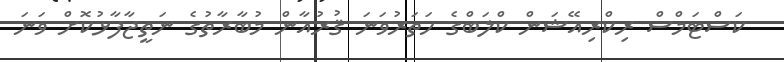
ކަސްޓަމްސް ރިކްރިއޭޝަން ކްލަބްގެ ހަތަރުވަނަ ޤުރުއާން މުބާރާތުގެ ނަތީޖާފާޅުކޮށް ވަނަ